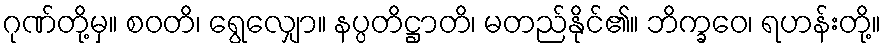
ဂုဏ်တို့မှ။ စဝတိ၊ ရွေလျှော။ နပ္ပတိဋ္ဌာတိ၊ မတည်နိုင်၏။ ဘိက္ခဝေ၊ ရဟန်းတို့။